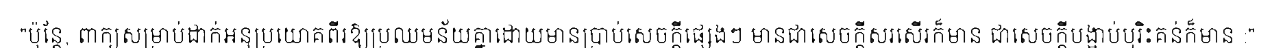
"ប៉ុន្តែ, ពាក្យសម្រាប់ដាក់អនុប្រយោគពីរឱ្យប្រឈមន័យគ្នាដោយមានប្រាប់សេចក្តីផ្សេងៗ មានជាសេចក្តីសរសើរក៏មាន ជាសេចក្តីបង្អាប់ឬរិះគន់ក៏មាន :"